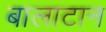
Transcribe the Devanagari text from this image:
बालाटान